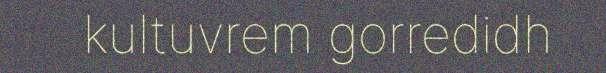
kultuvrem gorredidh